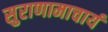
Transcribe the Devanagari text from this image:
सुराणामाचार्य